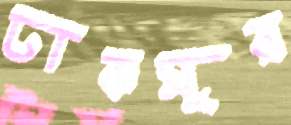
ঢাকসুর